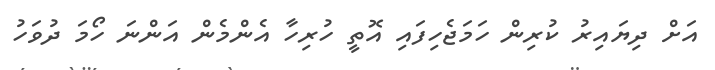
އަށް ދިޔައިރު ކުރިން ހަމަޖެހިފައި އޮތީ ހުރިހާ އެންމެން އަންނަ ހޯމަ ދުވަހު